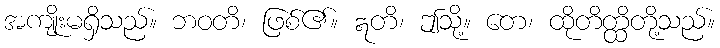
အကျိုးမရှိသည်။ ဘဝတိ၊ ဖြစ်၏။ ဣတိ၊ ဤသို့။ တေ၊ ထိုတိတ္ထိတို့သည်။